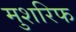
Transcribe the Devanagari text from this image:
मुशरिफ